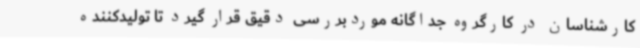
کارشناسان در کارگروه جداگانه موردبررسی دقیق قرار گیرد تا تولیدکننده